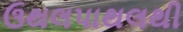
ઉથલપાથલથી